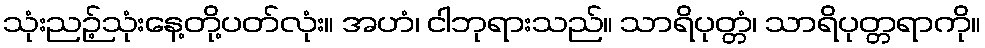
သုံးညဉ့်သုံးနေ့တို့ပတ်လုံး။ အဟံ၊ ငါဘုရားသည်။ သာရိပုတ္တံ၊ သာရိပုတ္တရာကို။